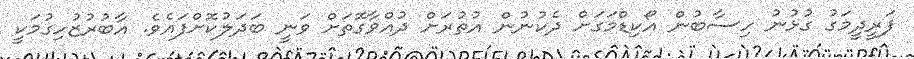
ފަރީދީމަގު ގުޅުނު ހިސާބުން އޯކިޑްމަގަށް ދެކުނުން އުތުރަށް ދުއްވާގޮތަށް ވަނީ ބަދަލުކޮށްފައެވެ. އާބުރުޒުހިގުމަކީ